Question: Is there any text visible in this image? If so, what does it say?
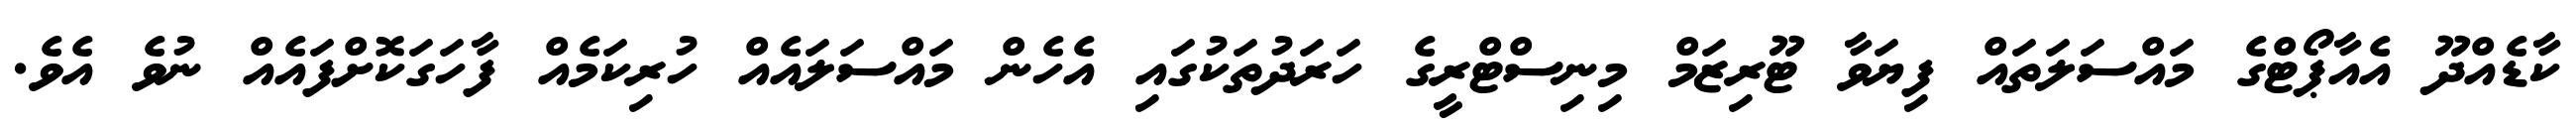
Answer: ކާޑެއްދޫ އެއާޕޯޓްގެ މައްސަލަތައް ފިޔަވާ ޓޫރިޒަމް މިނިސްޓްރީގެ ހަރަދުތަކުގައި އެހެން މައްސަލައެއް ހުރިކަމެއް ފާހަގަކޮށްފައެއް ނުވެ އެވެ.